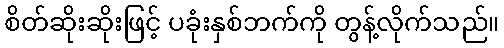
စိတ်ဆိုးဆိုးဖြင့် ပခုံးနှစ်ဘက်ကို တွန့်လိုက်သည်။